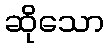
ဆိုသော